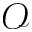
\mathcal { O }